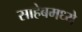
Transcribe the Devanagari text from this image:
साहेबमध्ये